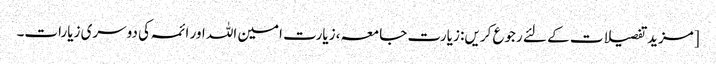
[مزید تفصیلات کے لئے رجوع کریں: زیارت جامعہ، زیارت امین اللہ اور ائمہ کی دوسری زیارات۔